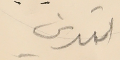
بتدين